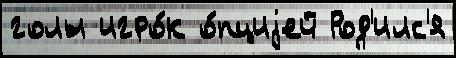
голы игро́к о́пциjей Род'илс'я